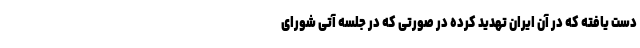
دست یافته که در آن ایران تهدید کرده در صورتی که در جلسه آتی شورای